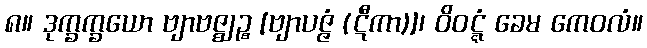
၈။ ဒုက္ခက္ခယော ဗျာဗဇ္ဈဉ္စ [ဗျာပဇ္ဇံ (ဋီကာ)]၊ ဝိဝဋ္ဋံ ခေမ ကေဝလံ။